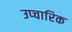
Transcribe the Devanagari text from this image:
उप्चारिक